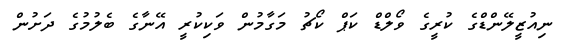
ނިއުޒީލޭންޑްގެ ކުރީގެ ވޯލްޑް ކަޕް ކޯޗު މަގާމުން ވަކިކުރީ އޭނާގެ ބެލުމުގެ ދަށުން